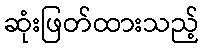
ဆုံးဖြတ်ထားသည့်